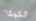
الكوكا